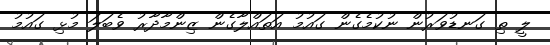
ލީ ތި ގަނޑުވަރުން ނުކުމެގެން ގައުމު އަތައްލާގެން ޒިންމާދާރު ވެބަލަ މުޅި ގައުމު